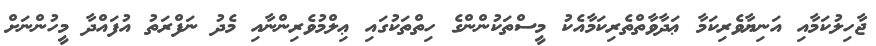
ޖާހިލުކަމާއި އަނިޔާވެރިކަމާ ޢަދާވާތްތެރިކަމާއެކު މީސްތަކުންންގެ ހިތްތަކުގައި ޢިލްމުވެރިންނާއި މެދު ނަފްރަތު އުފައްދާ މީހުންނަށް